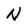
Character: N